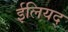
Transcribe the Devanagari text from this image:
ईलियद्